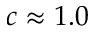
c \approx 1 . 0